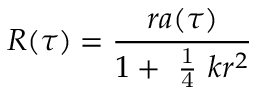
R ( \tau ) = \frac { r a ( \tau ) } { 1 + \mathrm { ~ \frac { 1 } { 4 } ~ } k r ^ { 2 } }